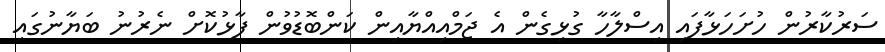
ސަރުކާރުން ހުށަހަޅާފައި އިސްލާހާ ގުޅިގެން އެ ޖަމްއިއްޔާއިން ކަންބޮޑުވުން ފާޅުކޮށް ނެރުނު ބަޔާނުގައި